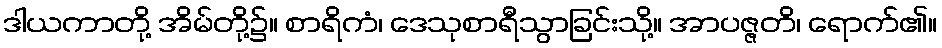
ဒါယကာတို့ အိမ်တို့၌။ စာရိကံ၊ ဒေသုစာရီသွာခြင်းသို့။ အာပဇ္ဇတိ၊ ရောက်၏။